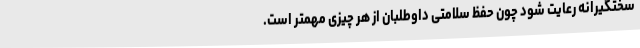
سختگیرانه رعایت شود چون حفظ سلامتی داوطلبان از هر چیزی مهمتر است.